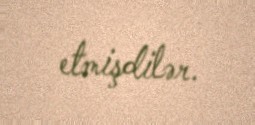
etmişdilər.